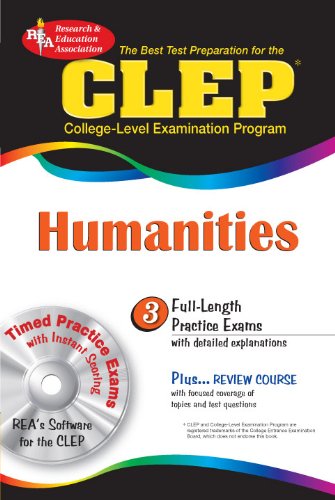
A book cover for CLEP Humanities w/CD-ROM (CLEP Test Preparation); Patricia Van Arnum; Test Preparation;